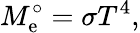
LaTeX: M_{\mathrm{e}}^{\circ}=\sigma T^{4},